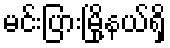
မင်းပြားမြို့နယ်ရှိ